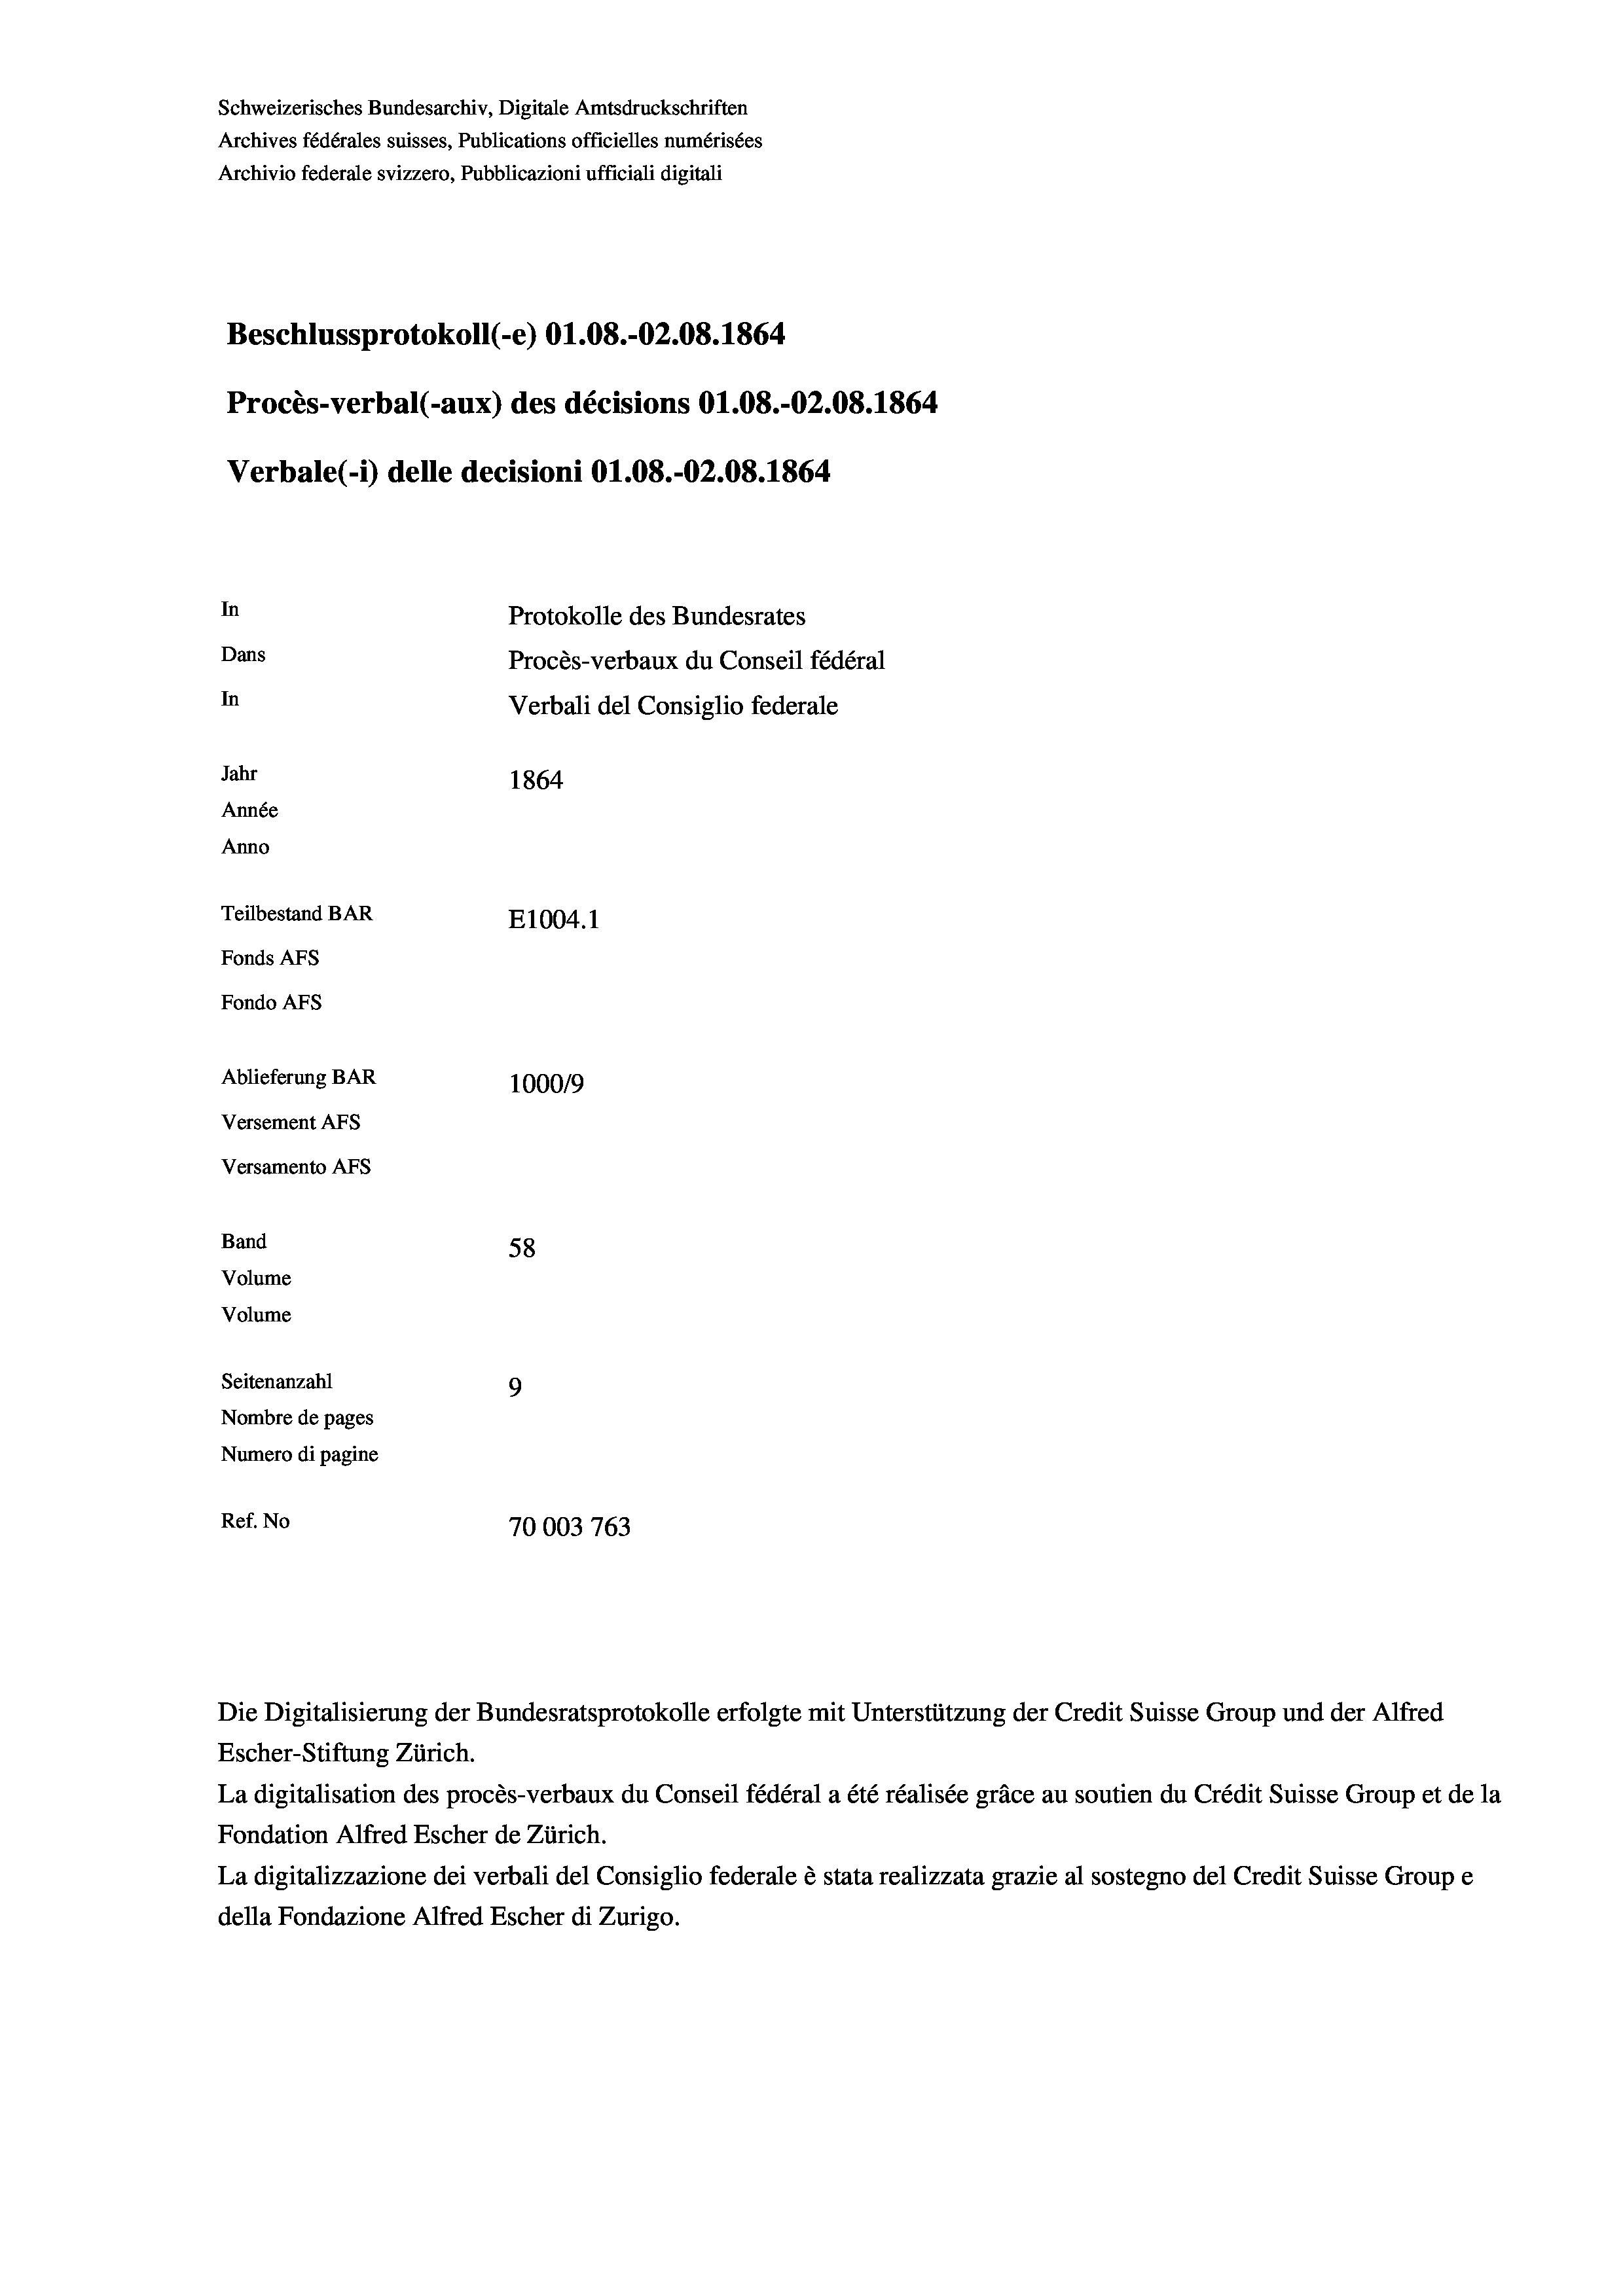
Schweizerisches Bundesarchiv, Digitale Amtsdruckschriften
Beschlussprotokoll (-e) O1.08.-O2.08. 1864
Procès-verbal (-aux) des décisions O1.08.-02.08. 1864
Verbale(-*) delle decisioni O1.08.-02.08. 1864
In
Protokolle des Bundesrates
Dans
Procès-verbaux du Conseil fédéral
In
Verbali del Consiglio federale
Jahr
1864
Année
Anno
Teilbestand BAR
E1004.1
Fonds AFs
Fondo AFS

Ablieferung BAR
Versement AFs
Versamento Afs
Band
58
Volume
Volume
Seitenanzahl
9
Nombre de pages

Archives fédérales suisses, Publications officielles numérisées
Archivio federale svizzero, Pubblicazioni ufficiali digitali

1000/9
Numero di pagine
Ref. No
70003763

Die Digitalisierung der Bundesratsprotokolle erfolgte mit Unterstützung der Credit Suisse Group und der Alfred
Escher-Stiftung Zürich.
La digitalisation des procès-verbaux du Conseil fédéral a été réalisée gräce au soutien du Crédit Suisse Group et de la
Fondation Alfred Escher de Zürich.
La digitalizzazione dei verbali del Consiglio federale è stata realizzata grazie al sostegno del Credit Suisse Groupe
della Fondazione Alfred Escher di Zurigo.